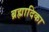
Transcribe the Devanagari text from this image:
ब्रह्मादिका